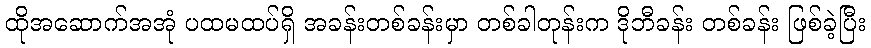
ထိုအဆောက်အအုံ ပထမထပ်ရှိ အခန်းတစ်ခန်းမှာ တစ်ခါတုန်းက ဒိုဘီခန်း တစ်ခန်း ဖြစ်ခဲ့ပြီး